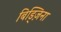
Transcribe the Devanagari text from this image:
बिड्ज़िना